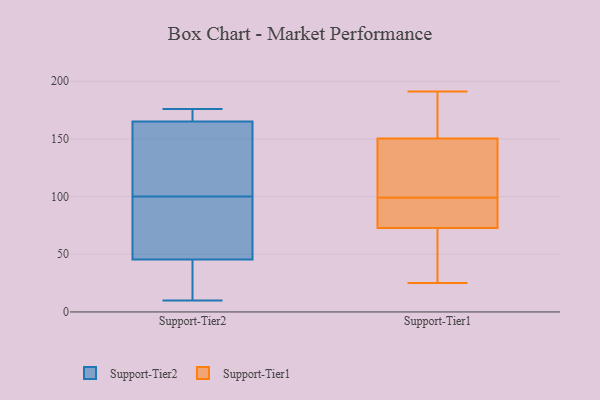
{"axis": {"x": "Production Output", "y": "Value"}, "legend": ["Support-Tier1", "Support-Tier2"], "data": [{"x": "", "y": 176, "type": "Support-Tier2"}, {"x": "", "y": 128, "type": "Support-Tier2"}, {"x": "", "y": 66, "type": "Support-Tier2"}, {"x": "", "y": 158, "type": "Support-Tier2"}, {"x": "", "y": 27, "type": "Support-Tier2"}, {"x": "", "y": 28, "type": "Support-Tier2"}, {"x": "", "y": 122, "type": "Support-Tier2"}, {"x": "", "y": 63, "type": "Support-Tier2"}, {"x": "", "y": 10, "type": "Support-Tier2"}, {"x": "", "y": 172, "type": "Support-Tier2"}, {"x": "", "y": 173, "type": "Support-Tier2"}, {"x": "", "y": 78, "type": "Support-Tier2"}, {"x": "", "y": 110, "type": "Support-Tier1"}, {"x": "", "y": 191, "type": "Support-Tier1"}, {"x": "", "y": 149, "type": "Support-Tier1"}, {"x": "", "y": 167, "type": "Support-Tier1"}, {"x": "", "y": 163, "type": "Support-Tier1"}, {"x": "", "y": 154, "type": "Support-Tier1"}, {"x": "", "y": 39, "type": "Support-Tier1"}, {"x": "", "y": 98, "type": "Support-Tier1"}, {"x": "", "y": 146, "type": "Support-Tier1"}, {"x": "", "y": 25, "type": "Support-Tier1"}, {"x": "", "y": 99, "type": "Support-Tier1"}, {"x": "", "y": 79, "type": "Support-Tier1"}, {"x": "", "y": 54, "type": "Support-Tier1"}, {"x": "", "y": 95, "type": "Support-Tier1"}, {"x": "", "y": 91, "type": "Support-Tier1"}, {"x": "", "y": 146, "type": "Support-Tier1"}, {"x": "", "y": 49, "type": "Support-Tier1"}]}